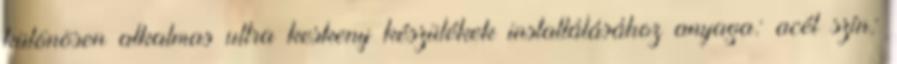
különösen alkalmas ultra keskeny készülékek installálásához anyaga: acél szín: